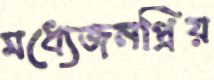
মধ্যেজনপ্রিয়